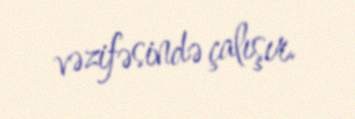
vəzifəsində çalışır.